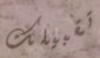
تقبيلك